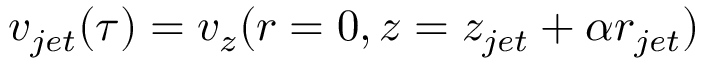
v _ { j e t } ( \tau ) = v _ { z } ( r = 0 , z = z _ { j e t } + \alpha r _ { j e t } )